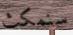
سنمكث